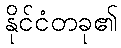
နိုင်ငံတခု၏